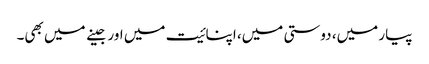
پیار میں، دوستی میں، اپنائیت میں اور جینے میں بھی۔